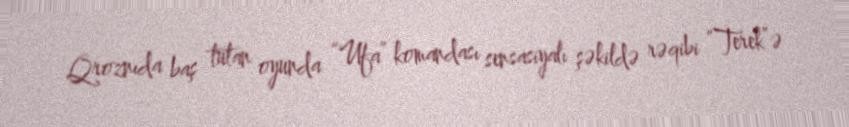
Qroznıda baş tutan oyunda “Ufa” komandası sensasiyalı şəkildə rəqibi “Terek”ə